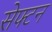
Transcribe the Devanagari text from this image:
सेफ्टन